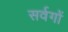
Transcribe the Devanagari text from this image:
सर्वगों